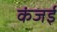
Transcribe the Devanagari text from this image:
कंजई